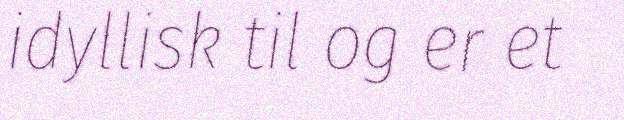
idyllisk til og er et